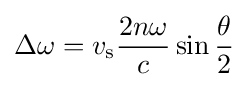
\Delta \omega =v_{\text{s}}{\frac {2n\omega }{c}}\sin {\frac {\theta }{2}}